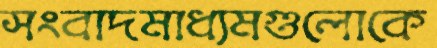
সংবাদমাধ্যমগুলোকে